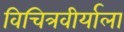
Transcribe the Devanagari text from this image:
विचित्रवीर्याला